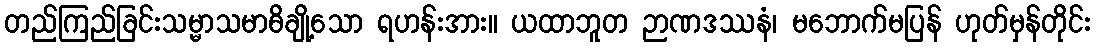
တည်ကြည်ခြင်းသမ္မာသမာဓိချို့သော ရဟန်းအား။ ယထာဘူတ ဉာဏဒဿနံ၊ မဘောက်မပြန် ဟုတ်မှန်တိုင်း